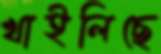
খাইলিছে